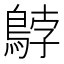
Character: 𲍠